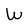
Character: W